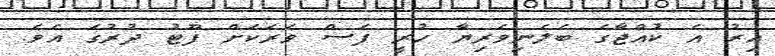
އިރު އެ ކުއްޖާގެ ބެލެނިވެރިޔާ ހުރީ ފަސް ވަރަކަށް ފޫޓު ދުރުގަ އެވެ.